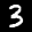
Label: 3